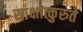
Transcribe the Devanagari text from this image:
साक्षात्कुरुते